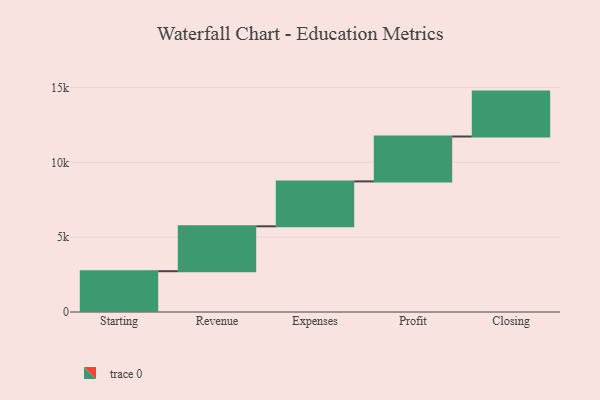
{"axis": {"x": "Step", "y": "Value"}, "legend": [""], "data": [{"x": "Starting", "y": 2726.0, "type": ""}, {"x": "Revenue", "y": 3000, "type": ""}, {"x": "Expenses", "y": 3000, "type": ""}, {"x": "Profit", "y": 3000, "type": ""}, {"x": "Closing", "y": 3000, "type": ""}]}